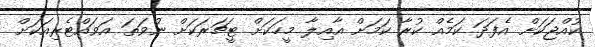
ކުއްޖަކަށް އެފަދަ ކަމެއް ކުރާ ކަމަށް އާއިލާ މީހަކަށް ޓީޗަރަކަށް ނުވަތަ އަވައްޓެރިއަކަށް